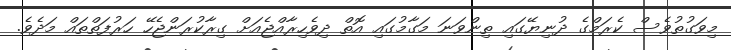
މިވަގުތުވެސް ކެރަމްގެ ދުނިޔޭގައި ތިންވަނަ މަގާމުގައި އޮތް ދިވެހިރާއްޖެއަށް ގިރާކުރަންޖެހޭ ހަރުފަތްތައް މަދެވެ.